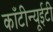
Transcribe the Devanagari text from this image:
काँटीन्यूईटी